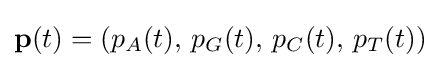
\mathbf {p} (t)=(p_{A}(t),\,p_{G}(t),\,p_{C}(t),\,p_{T}(t))